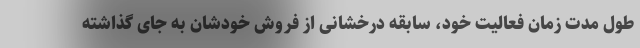
طول مدت زمان فعالیت خود، سابقه درخشانی از فروش خودشان به جای گذاشته